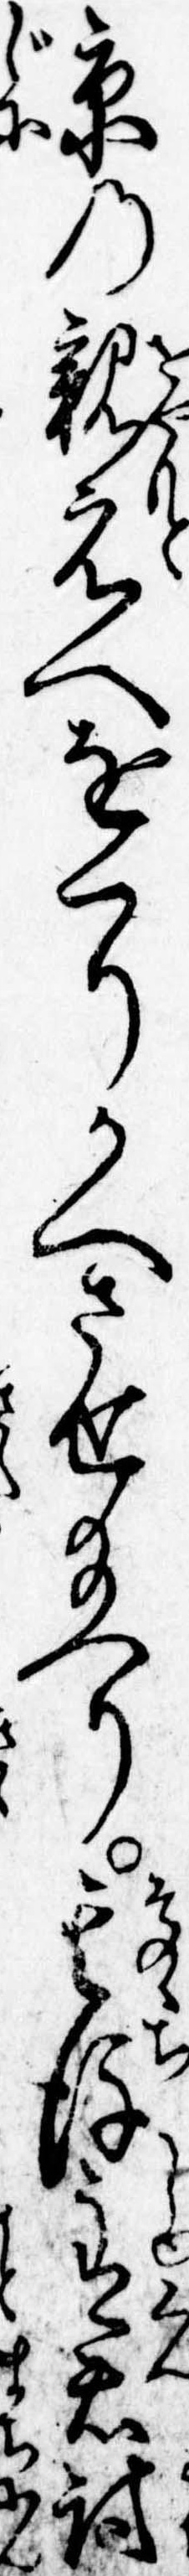
京の親元へをくりかへさせ給へり其後主君討